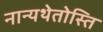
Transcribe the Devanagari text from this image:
नान्यथेतोस्ति